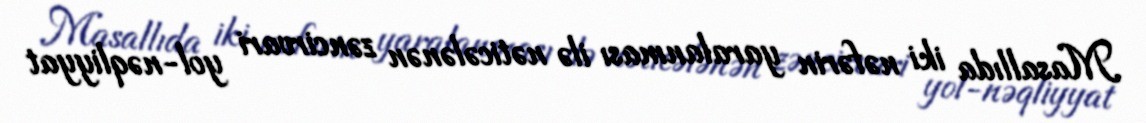
Masallıda iki nəfərin yaralanması ilə nəticələnən zəncirvari yol-nəqliyyat